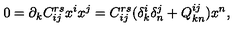
0 = \partial _ { k } C _ { i j } ^ { r s } x ^ { i } x ^ { j } = C _ { i j } ^ { r s } ( \delta _ { k } ^ { i } \delta _ { n } ^ { j } + Q _ { k n } ^ { i j } ) x ^ { n } ,